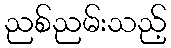
ညစ်ညမ်းသည့်